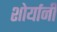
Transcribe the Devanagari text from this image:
शोर्यानी